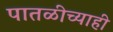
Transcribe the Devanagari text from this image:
पातळीच्याही